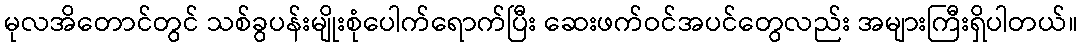
မုလအိတောင်တွင် သစ်ခွပန်းမျိုးစုံပေါက်ရောက်ပြီး ဆေးဖက်ဝင်အပင်တွေလည်း အများကြီးရှိပါတယ်။